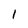
Character: 1